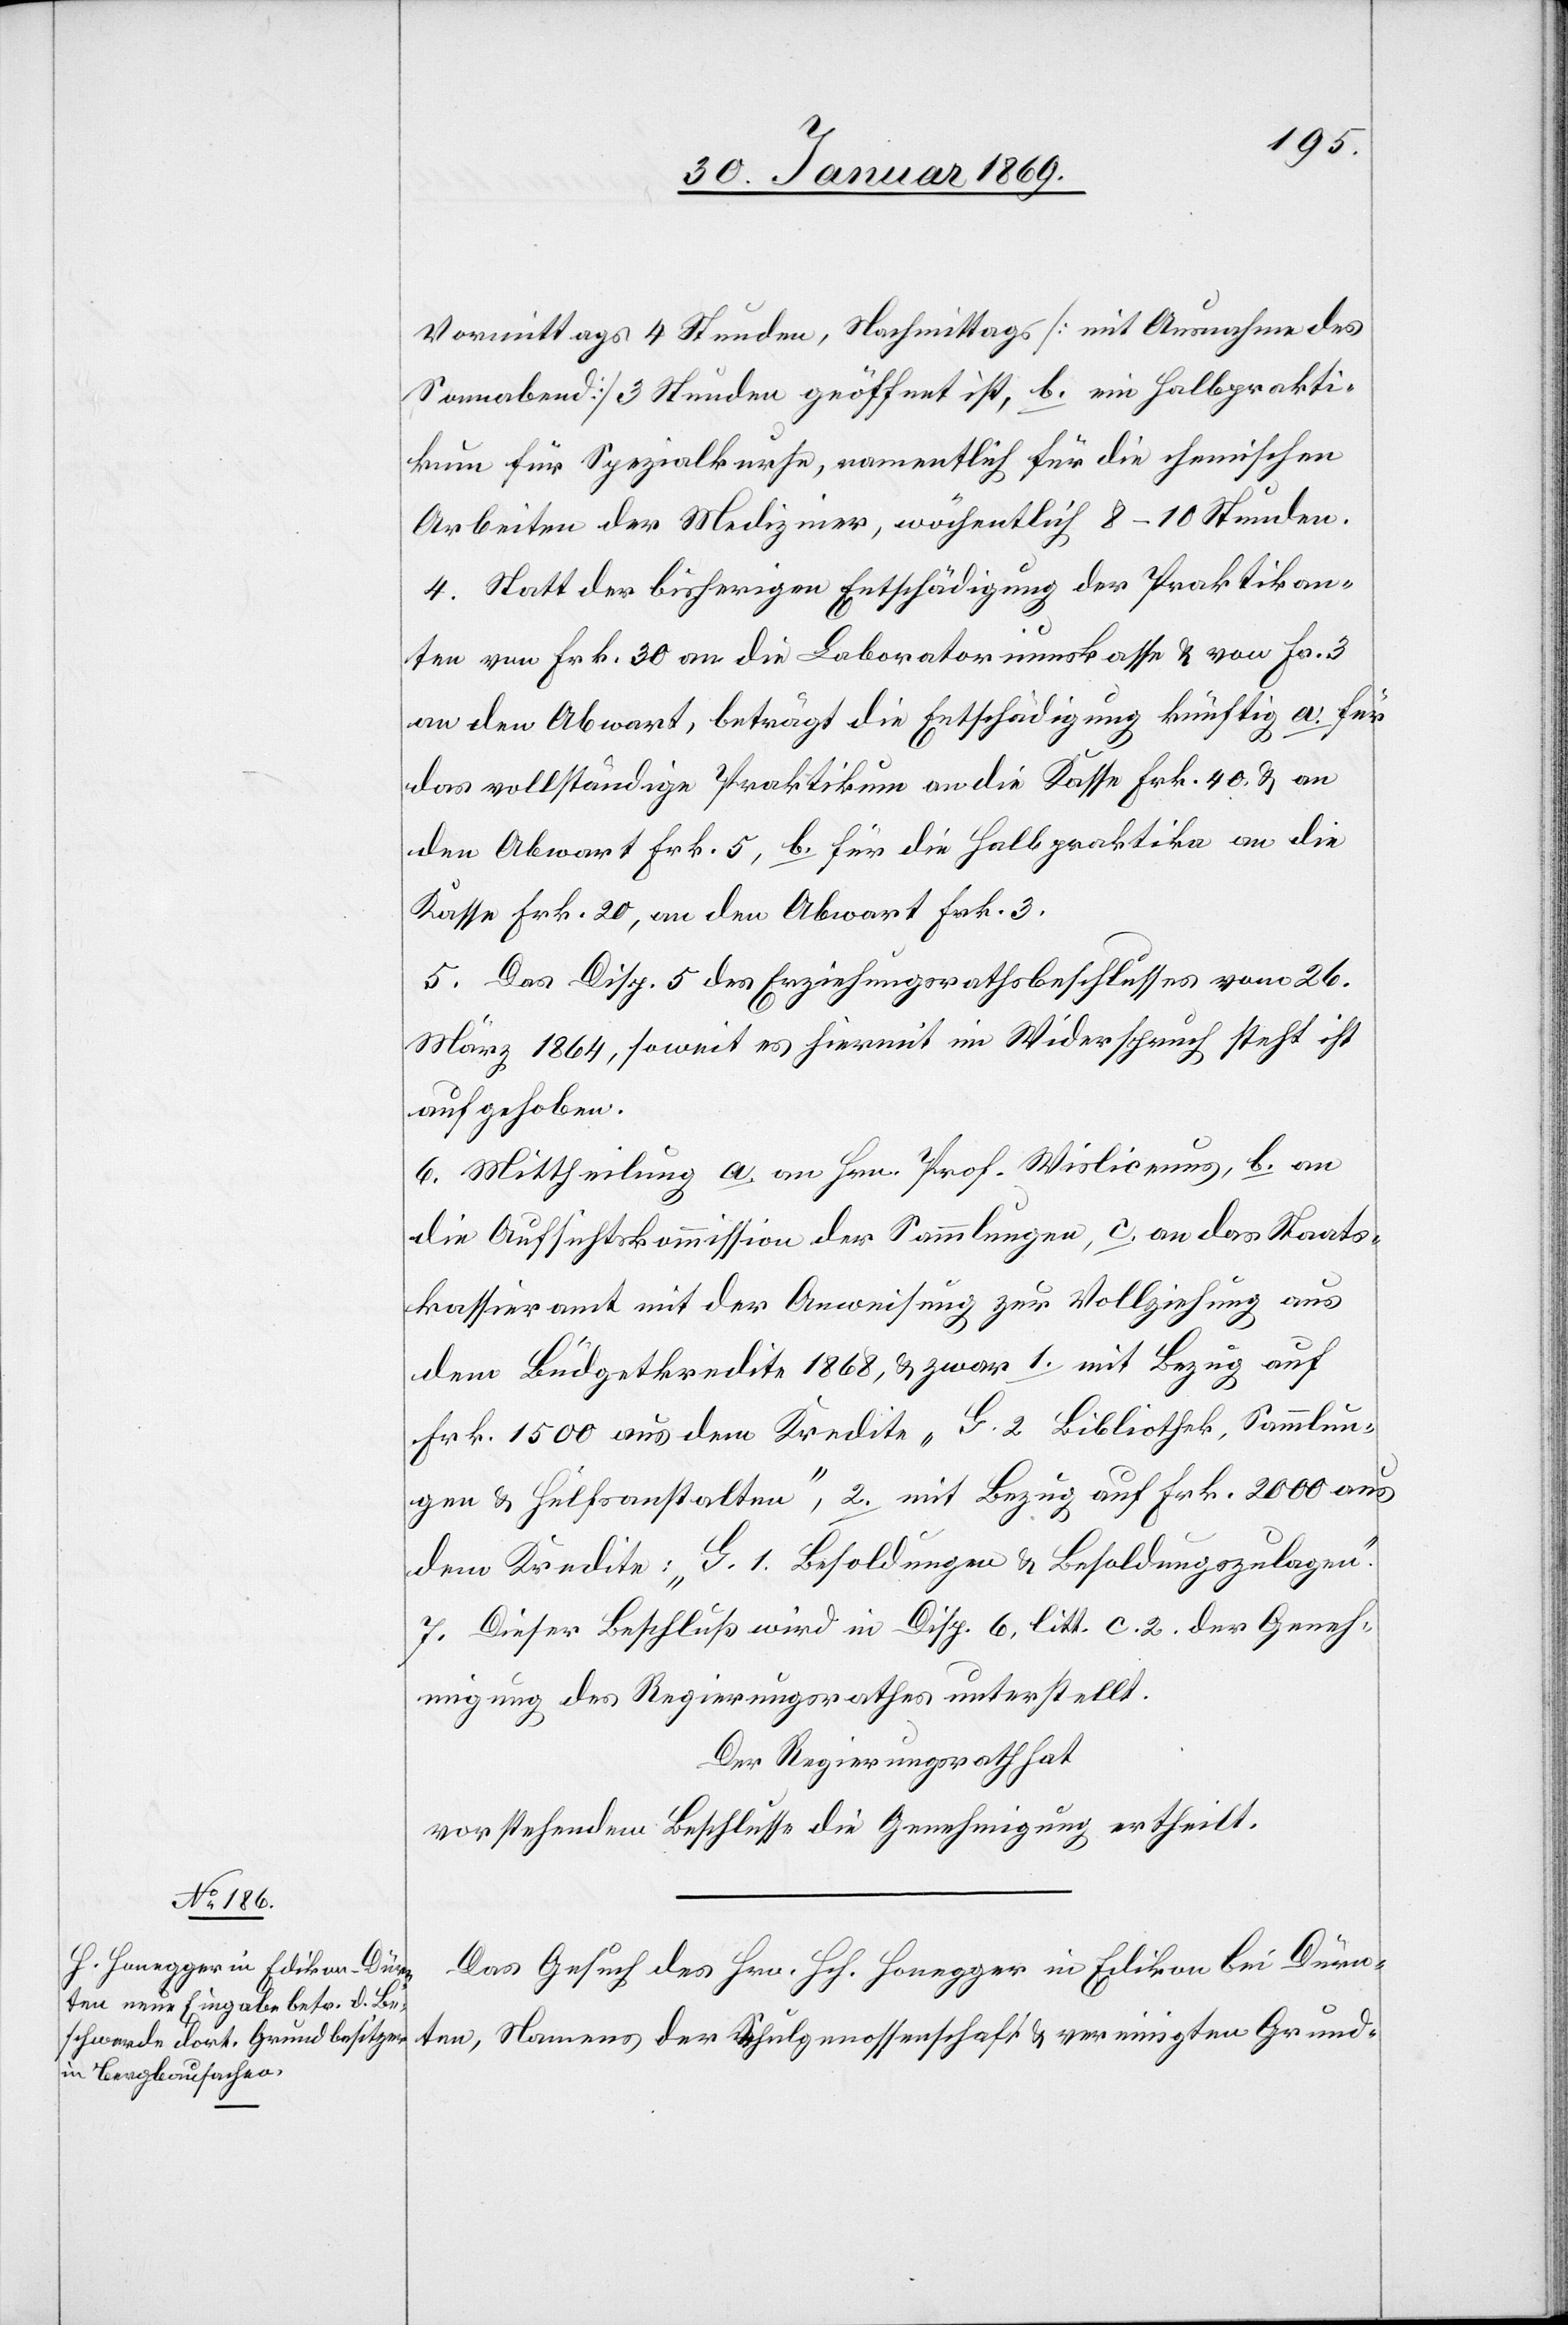
Vormittags 4 Stunden, Nachmittags [mit Ausnahme des
Sonnabend] 3 Stunden geöffnet ist, b. im Halbprakti¬
kum für Spezialkurse, namentlich für die chemischen
Arbeiten der Mediziner, wöchentlich 8–10 Stunden.
4. Statt der bisherigen Entschädigung der Praktikan¬
ten von Frk. 30 an die Laboratoriumskasse u. von Fr. 3
an den Abwart, beträgt die Entschädigung künftig a. für
das vollständige Praktikum an die Kasse Frk. 40 u. an
den Abwart Frk. 5, b. für die Halbpraktika an die
Kasse Frk. 20, an den Abwart Frk. 3.
5. Das Disp. 5 des Erziehungsrathsbeschlusses vom 26.
März 1864, soweit es hiermit in Widerspruch steht ist
aufgehoben.
6. Mittheilung a. an Hrn. Prof. Wislicenus, b. an
die Aufsichtskommission der Sammlungen, c. an das Staats¬
kassieramt mit der Anweisung zur Vollziehung aus
den Büdgetkredite 1868, u. zwar 1. mit Bezug auf
Frk. 1500 aus dem Kredite „G. 2. Bibliothek, Sammlun¬
gen u. Hülfsanstalten“, 2. mit Bezug auf Frk. 2000 aus
dem Kredite: „G. 1. Besoldungen u. Besoldungszulagen.“
7. Dieser Beschluss wird in Disp. 6, litt. c. 2. der Geneh¬
migung des Regierungsrathes unterstellt.
Der Regierungsrath hat
vorstehendem Beschlusse die Genehmigung ertheilt.
Das Gesuch des Hrn. Hch. Honegger in Edikon bei Dürn¬
ten, Namens der Schulgenossenschaft u. vereinigten Grund-